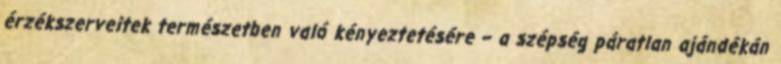
érzékszerveitek természetben való kényeztetésére – a szépség páratlan ajándékán